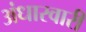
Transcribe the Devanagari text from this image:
अंधारवारी